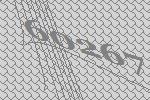
60267